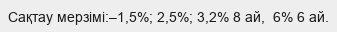
Сақтау мерзімі:–1,5%; 2,5%; 3,2% 8 ай,  6% 6 ай.